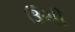
ઉચી